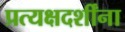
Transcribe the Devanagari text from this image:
प्रत्यक्षदर्शींना